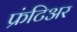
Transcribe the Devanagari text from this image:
फ्रंटिअर